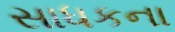
સાધકના